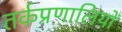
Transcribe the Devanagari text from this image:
तर्कप्रणालियों